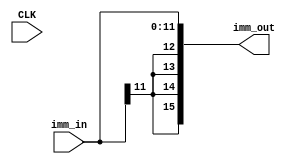
/*
Big Endian
Imm Gen needs to sign extend a 12 bit number into a 16 bit number.
*/

module ImmediateGenerator( CLK, imm_in, imm_out );
	input[11:0] imm_in;
	input CLK;
	output[15:0] imm_out;

	reg[15:0] imm_out;
	wire[11:0] imm_in;

	always @(imm_in) begin
		 imm_out[15:0] <= { {4{imm_in[11]}}, imm_in[11:0] };
	end
endmodule